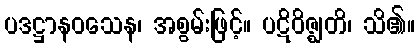
ပဒဋ္ဌာနဝသေန၊ အစွမ်းဖြင့်။ ပဋိဝိဇ္ဈတိ၊ သိ၏။